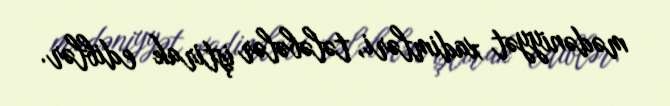
mədəniyyət xadimləri, tələbələr iştirak ediblər.